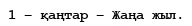
1 – қаңтар – Жаңа жыл.